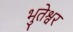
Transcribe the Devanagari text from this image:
भुतेश्वर